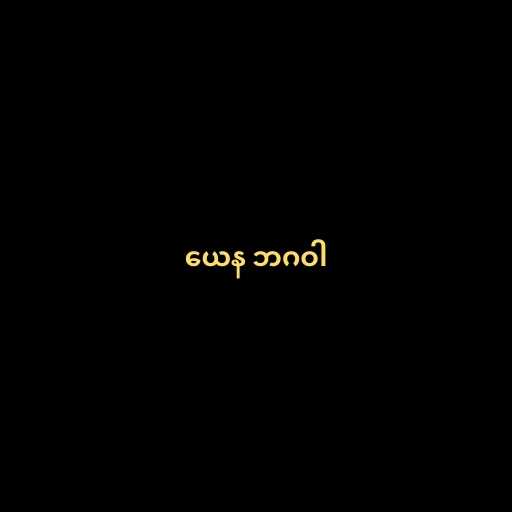
ယေန ဘဂဝါ